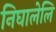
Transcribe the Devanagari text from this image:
निघालेलि